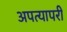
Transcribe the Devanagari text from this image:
अपत्यापरी